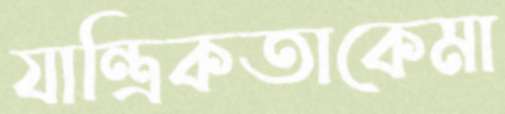
যান্ত্রিকতাকেমা